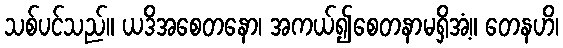
သစ်ပင်သည်။ ယဒိအစေတနော၊ အကယ်၍စေတနာမရှိအံ့။ တေနဟိ၊